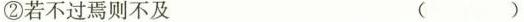
②若不过焉则不及 ( )